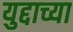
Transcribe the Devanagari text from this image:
युद्दाच्या